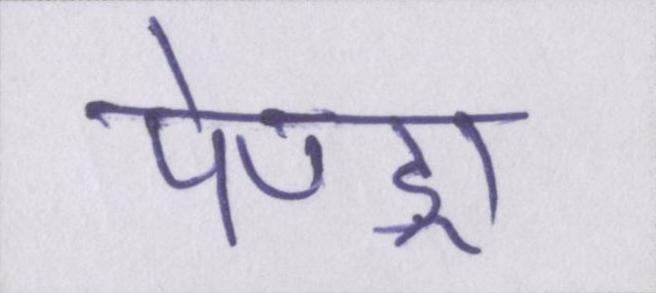
पेण्ड्रा